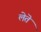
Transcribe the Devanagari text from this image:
लेतॆ